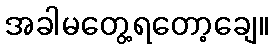
အခါမတွေ့ရတော့ချေ။